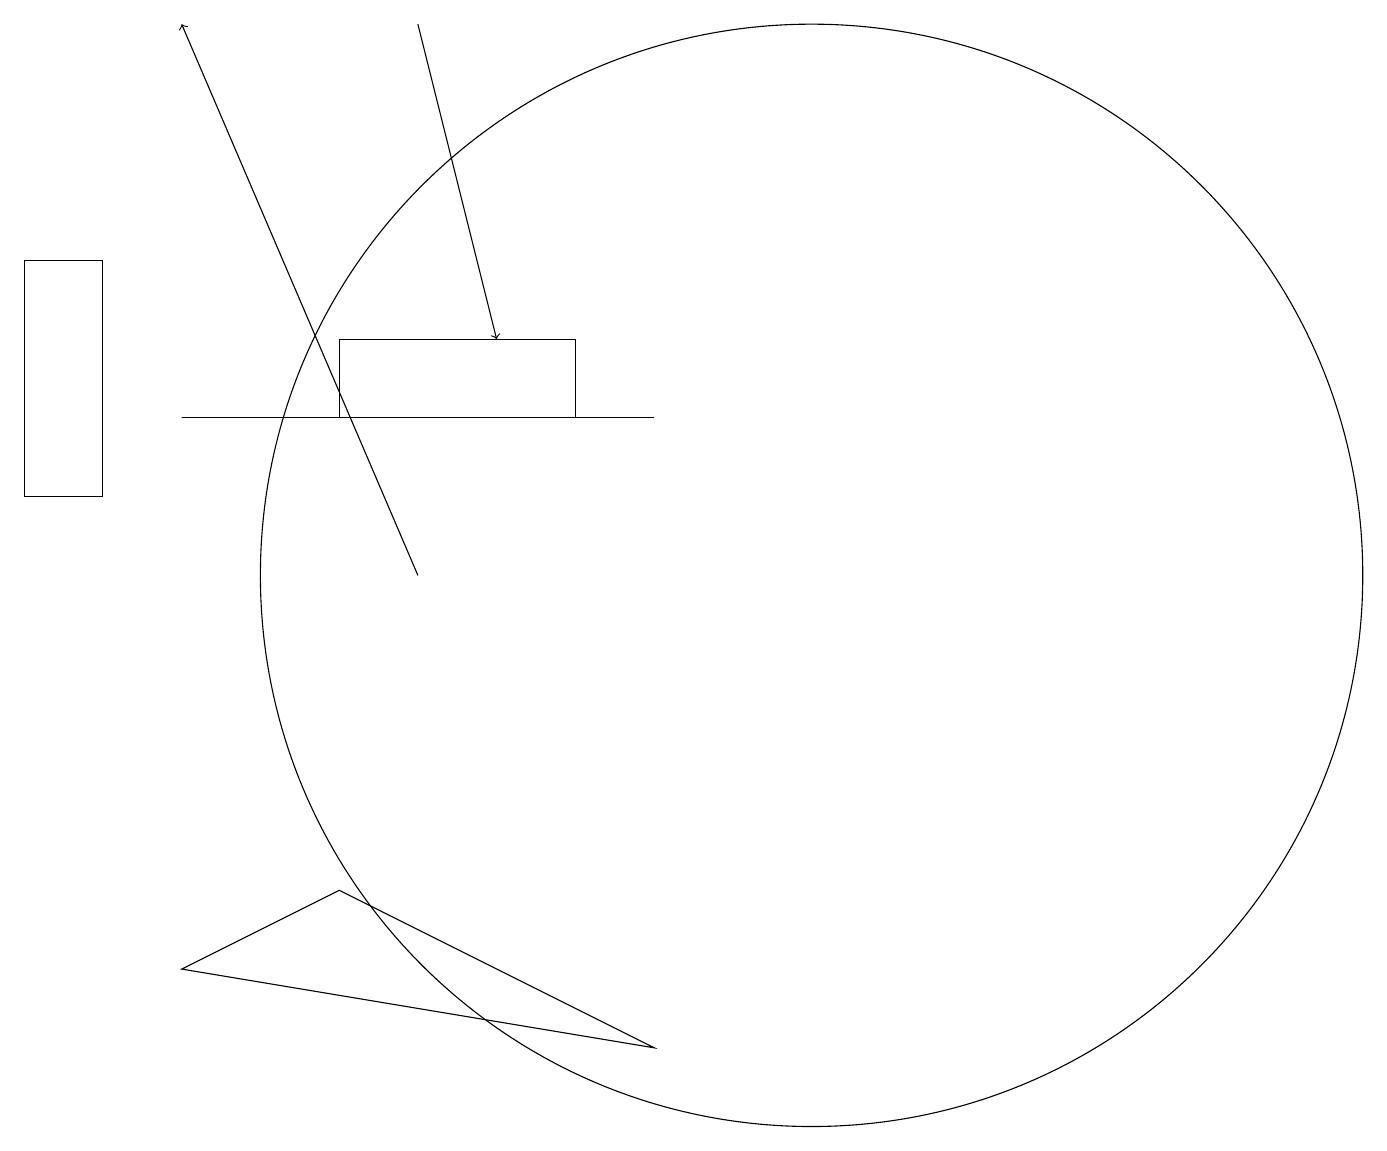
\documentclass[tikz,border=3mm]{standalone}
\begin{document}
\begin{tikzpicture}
\draw[->] (6,10) -- (3,17);
\draw (2,11) rectangle (1,14);
\draw (11,10) circle (7);
\draw (5,13) rectangle (8,12);
\draw[->] (6,17) -- (7,13);
\draw (3,12) rectangle (9,12);
\draw (9,4) -- (3,5) -- (5,6) -- cycle;
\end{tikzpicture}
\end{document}